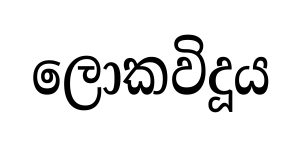
ලොකවිදූය